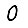
Digit: 0